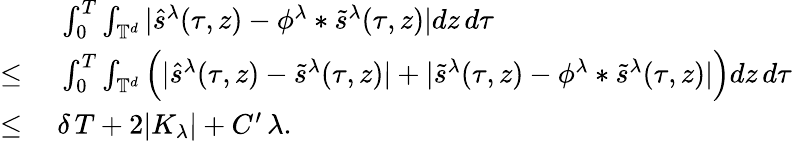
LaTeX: \begin{array}{rl}&{\ \int_{0}^{T}\int_{\mathbb{T}^{d}}|\hat{s}^{\lambda}(\tau,z)-\phi^{\lambda}*\tilde{s}^{\lambda}(\tau,z)|dz\, d\tau}\\ {\leq}&{\ \int_{0}^{T}\int_{\mathbb{T}^{d}}\Big(|\hat{s}^{\lambda}(\tau,z)-\tilde{s}^{\lambda}(\tau,z)|+|\tilde{s}^{\lambda}(\tau,z)-\phi^{\lambda}*\tilde{s}^{\lambda}(\tau,z)|\Big)dz\, d\tau}\\ {\leq}&{\ \delta\, T+2|K_{\lambda}|+C^{\prime}\, \lambda.}\end{array}